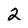
Character: 2